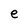
Character: e